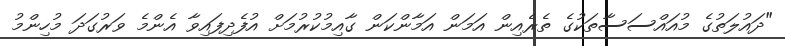
"ދައުލަތުގެ މުއައްސަސާތަކުގެ ތެރެއިން އަމަން އަމާންކަން ގާއިމުކުރުމަށް އުފެދިފައިވާ އެންމެ ވަރުގަދަ މުހިންމު